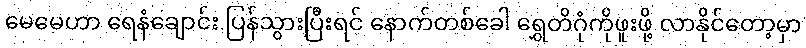
မေမေဟာ ရေနံချောင်း ပြန်သွားပြီးရင် နောက်တစ်ခေါ ရွှေတိဂုံကိုဖူးဖို့ လာနိုင်တော့မှာ